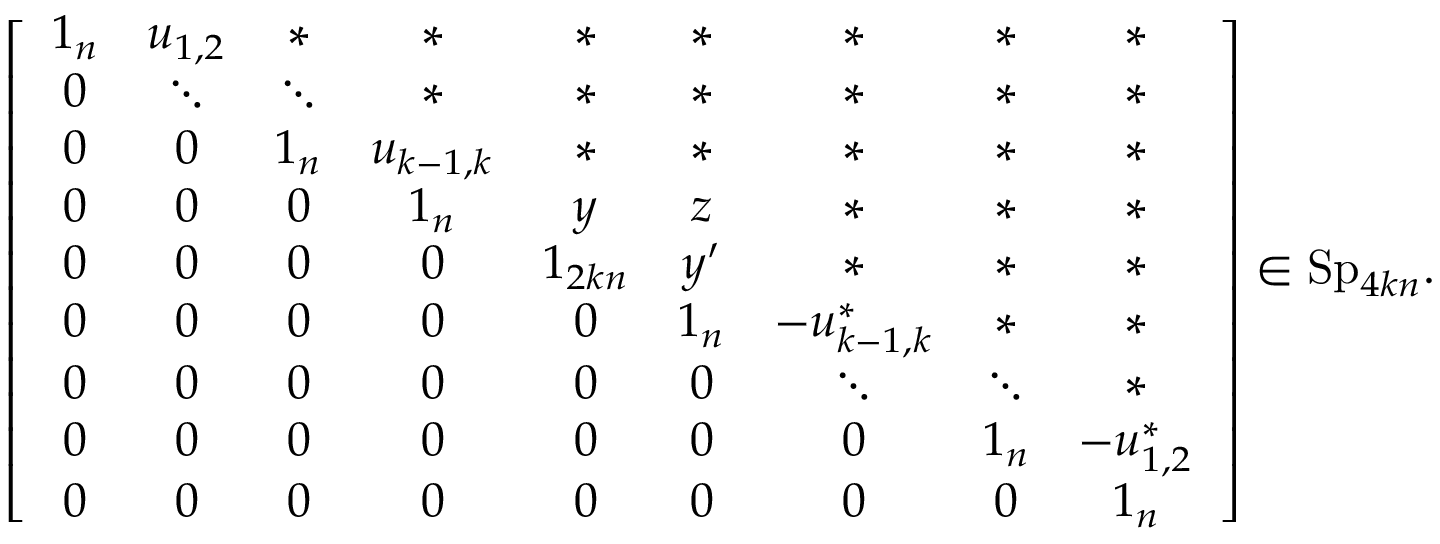
\left[ \begin{array} { c c c c c c c c c } { 1 _ { n } } & { u _ { 1 , 2 } } & { \ast } & { \ast } & { \ast } & { \ast } & { \ast } & { \ast } & { \ast } \\ { 0 } & { \ddots } & { \ddots } & { \ast } & { \ast } & { \ast } & { \ast } & { \ast } & { \ast } \\ { 0 } & { 0 } & { 1 _ { n } } & { u _ { k - 1 , k } } & { \ast } & { \ast } & { \ast } & { \ast } & { \ast } \\ { 0 } & { 0 } & { 0 } & { 1 _ { n } } & { y } & { z } & { \ast } & { \ast } & { \ast } \\ { 0 } & { 0 } & { 0 } & { 0 } & { 1 _ { 2 k n } } & { y ^ { \prime } } & { \ast } & { \ast } & { \ast } \\ { 0 } & { 0 } & { 0 } & { 0 } & { 0 } & { 1 _ { n } } & { - u _ { k - 1 , k } ^ { \ast } } & { \ast } & { \ast } \\ { 0 } & { 0 } & { 0 } & { 0 } & { 0 } & { 0 } & { \ddots } & { \ddots } & { \ast } \\ { 0 } & { 0 } & { 0 } & { 0 } & { 0 } & { 0 } & { 0 } & { 1 _ { n } } & { - u _ { 1 , 2 } ^ { \ast } } \\ { 0 } & { 0 } & { 0 } & { 0 } & { 0 } & { 0 } & { 0 } & { 0 } & { 1 _ { n } } \end{array} \right] \in \mathrm { S p } _ { 4 k n } .